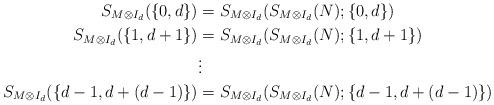
LaTeX: \begin{align*}S_{M\otimes I_d}(\{0,d\}) &= S_{M\otimes I_d}(S_{M\otimes I_d}(N);\{0,d\})\\S_{M\otimes I_d}(\{1,d+1\}) &= S_{M\otimes I_d}(S_{M\otimes I_d}(N);\{1,d+1\})\\&\vdots\\S_{M\otimes I_d}(\{d-1,d+(d-1)\}) &= S_{M\otimes I_d}(S_{M\otimes I_d}(N);\{d-1,d+(d-1)\})\\\end{align*}